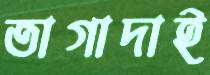
তাগাদাই